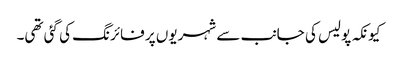
کیونکہ پولیس کی جانب سے شہریوں پر فائرنگ کی گئی تھی۔